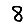
Digit: 8